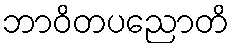
ဘာဝိတပညောတိ